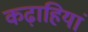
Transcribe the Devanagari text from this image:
कढ़ाहियां